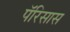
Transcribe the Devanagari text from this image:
पॅरिसास